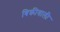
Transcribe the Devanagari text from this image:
बिक्रीवाली